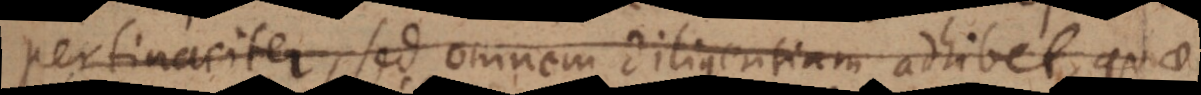
pertinaciter, sed omnem diligentiam adhibet, quae